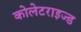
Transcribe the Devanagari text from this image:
कोलेटराइज्ड